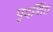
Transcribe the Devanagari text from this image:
पृदर्शित